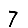
Digit: 7